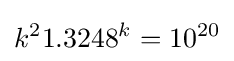
k^{2}1.3248^{k}=10^{20}